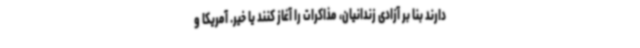
دارند بنا بر آزادی زندانیان، مذاکرات را آغاز کنند یا خیر. آمریکا و